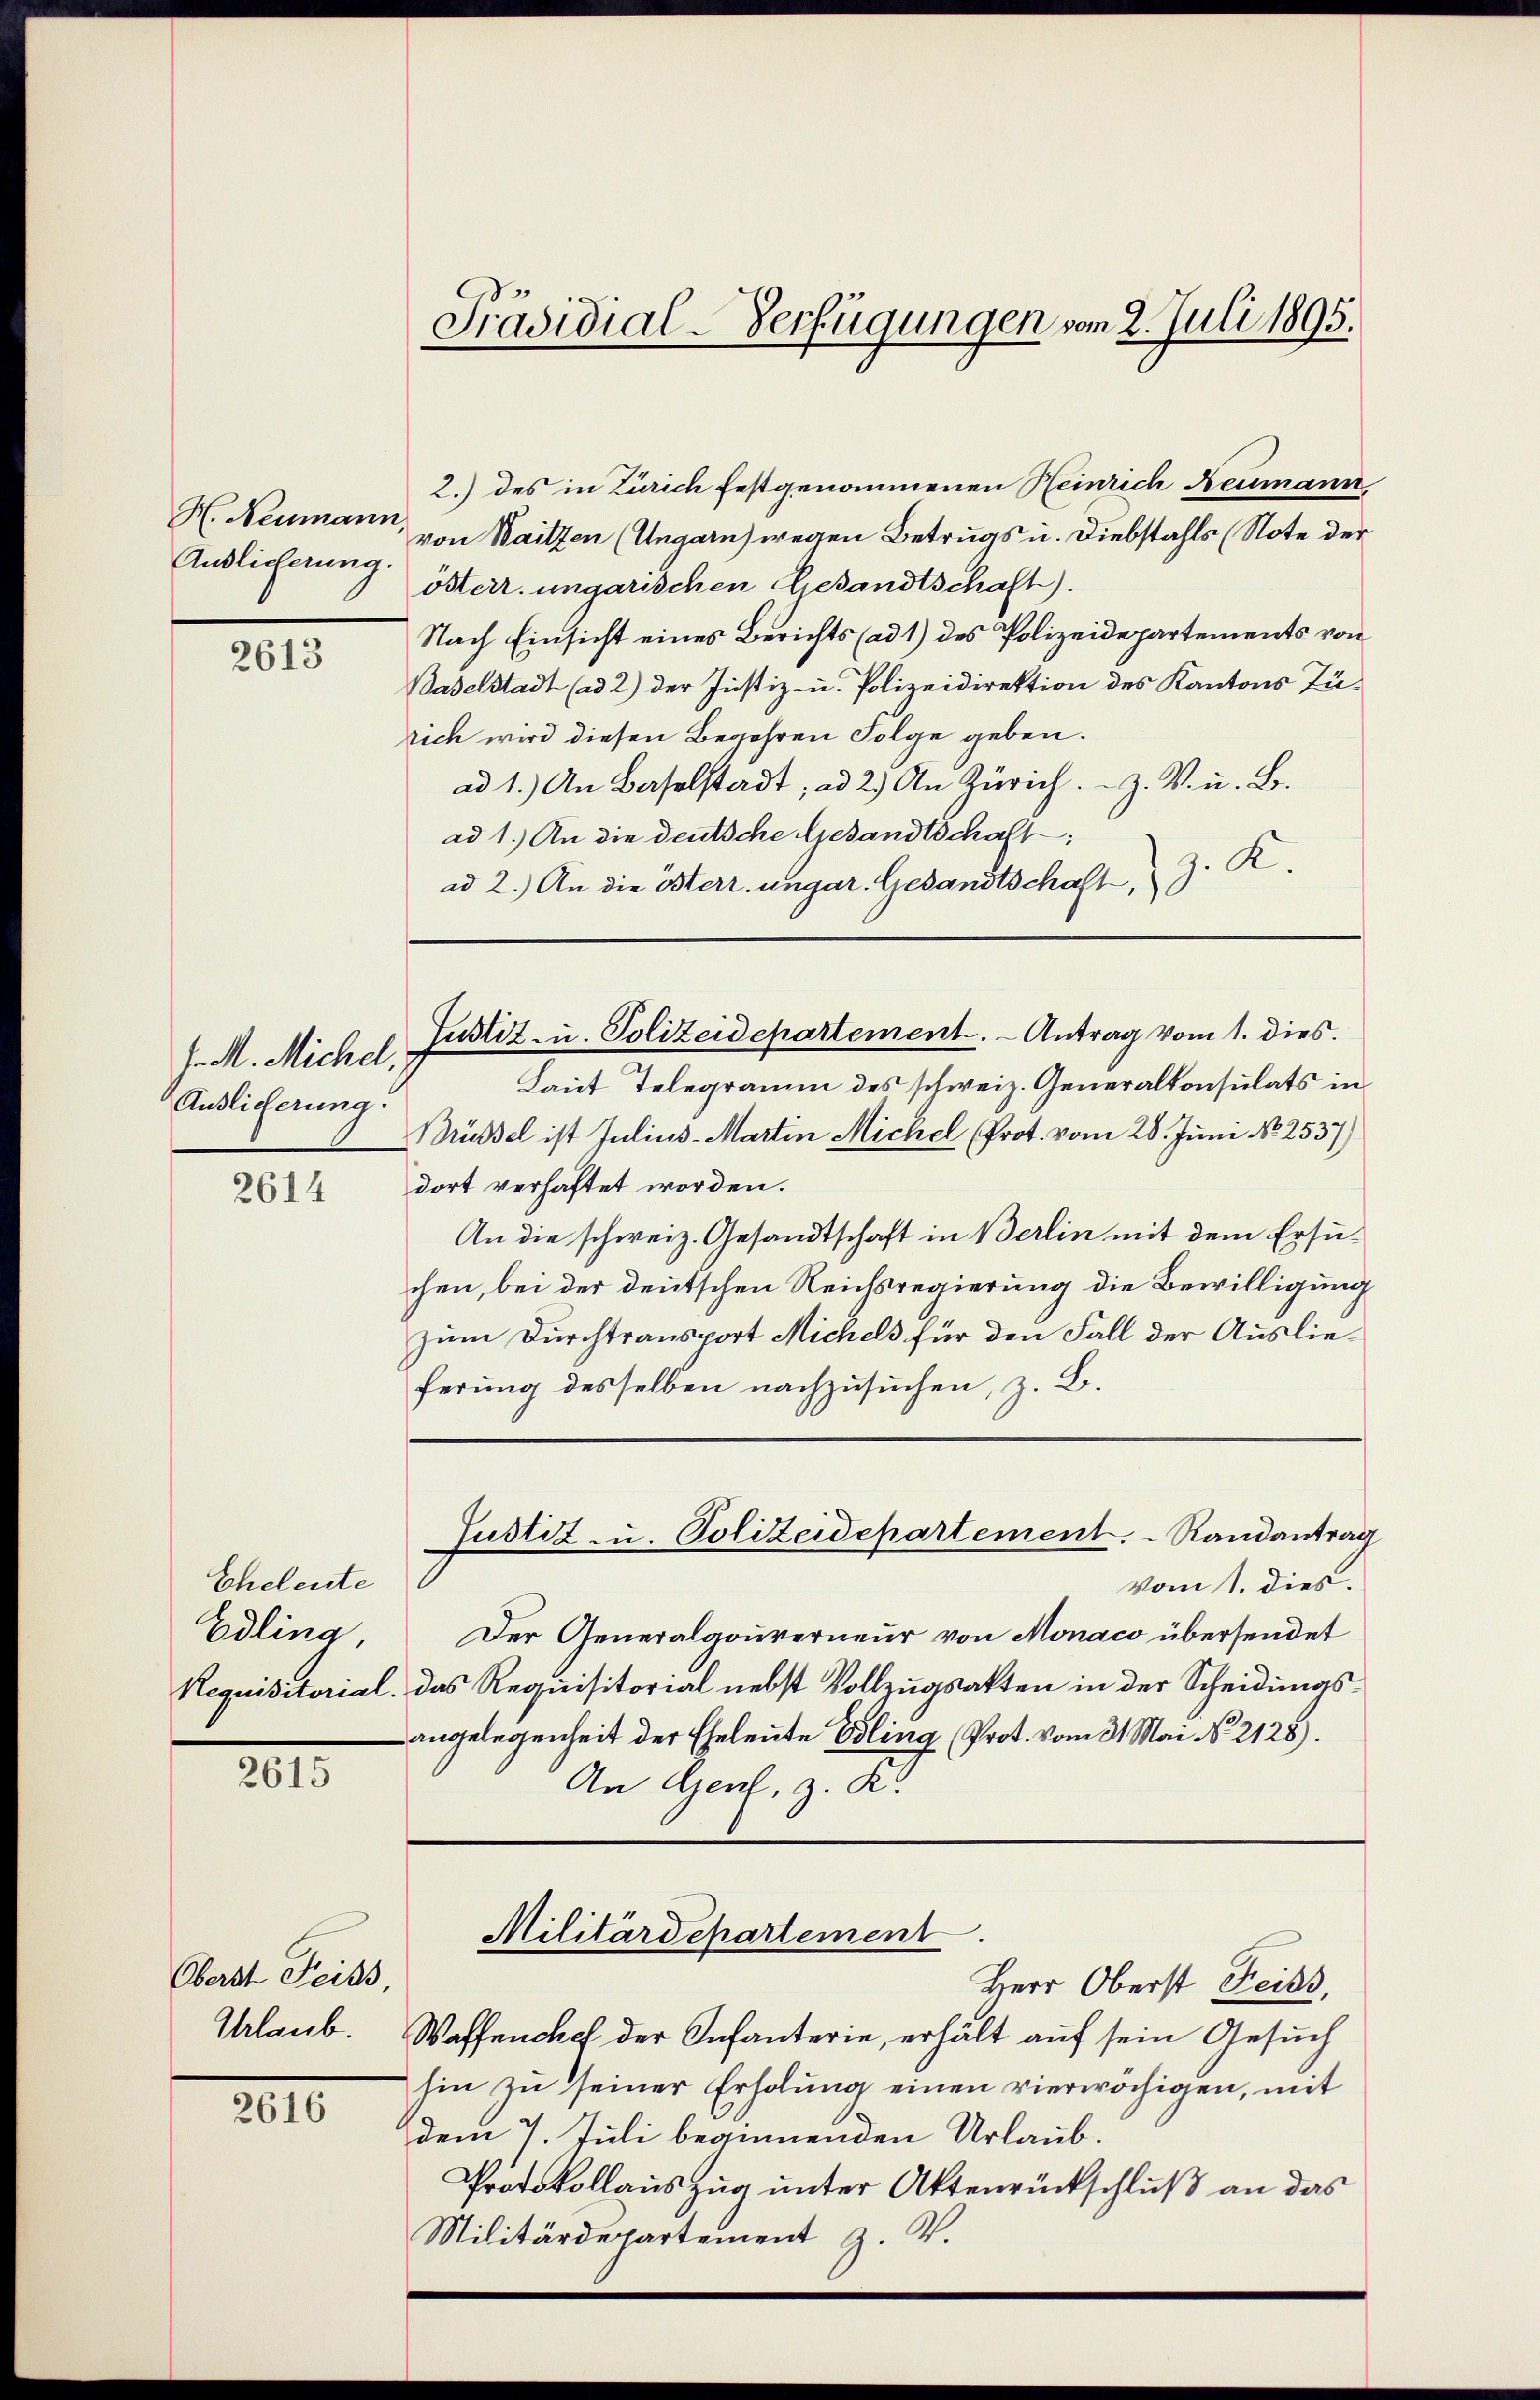
H. Neumann,
Auslieferung.

2613

J. M. Michel,
Auslieferung.

2614

Eheleute
Edlina
Requisitorial.

2615

Oberst Feiss,
Urlaub.

2616

Präsidial-Verfügungen vom 2. Juli 1895.

2.) des in Zürich festgenommenen Heinrich Reumann
von Waitzen (Ungarn) wegen Betrugs u. Diebstahls (Note der
österr. ungarischen Gesandtschaft).
Nach Einsicht eines Berichts (ad 1) des Polizeidepartements von
Baselstadt (ad 2) der Justiz- u. Polizeidirektion des Kantons Zürich wird diesen Begehren Folge geben.
ad 1.) An Baselstadt; ad 2.) An Zürich. - Z. V. u. B.
ad 1.) An die deutsche Gesandtschaft:
J. K.
ad 2.) An die Osterr. ungar. Gesandtschaft,
Justiz- u. Polizeidepartement. - Antrag vom 1. dies
Laut Telegramm des schweiz. Generalkonsulats in
Brüssel ist Julius-Martin Michel (Prot. vom 28. Juni No 2537)
dort verhaftet worden.
An die schweiz. Gesandtschaft in Berlin mit dem Ersuchen, bei der deutschen Reichsregierung die Bewilligung
zum Durchtransport Michels für den Fall der Auslieferung desselben nachzusuchen, z. B.
Justiz- u. Polizeidepartement. Randantrag
vom 1. dies.
Der Generalgouverneur von Monaco übersendet
das Requisitorial nebst Vollzugsakten in der Scheidungsangelegenheit der Eheleute Esling Prot. vom 31. Mai N. 2128).
An Gent, z. R.

Herr Oberst Freiss.
Waffenchef der Infanterie, erhält auf sein Gesuch
hin zu seiner Erholung einen vierwöchigen, mit
dem 7. Juli beginnenden Urlaub.
Protokollauszug unter Aktenrückschluß an das
Militärdepartement z. B.

Militärdepartement